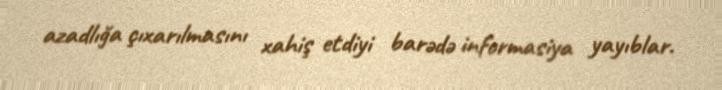
azadlığa çıxarılmasını xahiş etdiyi barədə informasiya yayıblar.